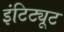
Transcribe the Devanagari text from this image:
इंटिट्यूट